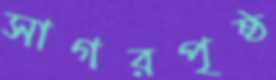
সাগরপৃষ্ঠ